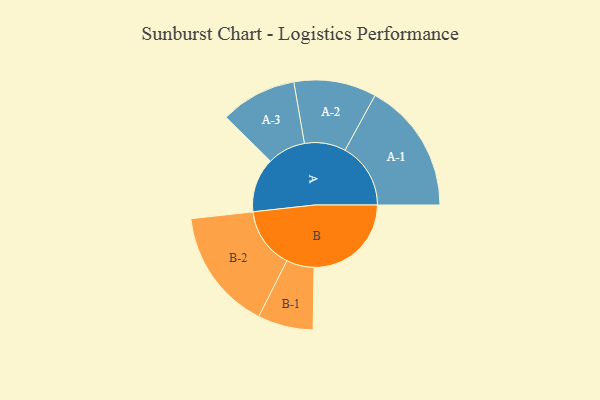
{"axis": {"x": "Segment", "y": "Value"}, "legend": ["", "A", "B"], "data": [{"x": "A", "y": 234, "type": ""}, {"x": "B", "y": 418, "type": ""}, {"x": "A-1", "y": 282, "type": "A"}, {"x": "A-2", "y": 177, "type": "A"}, {"x": "A-3", "y": 164, "type": "A"}, {"x": "B-1", "y": 119, "type": "B"}, {"x": "B-2", "y": 262, "type": "B"}]}